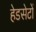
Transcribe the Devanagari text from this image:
हेडसेटों